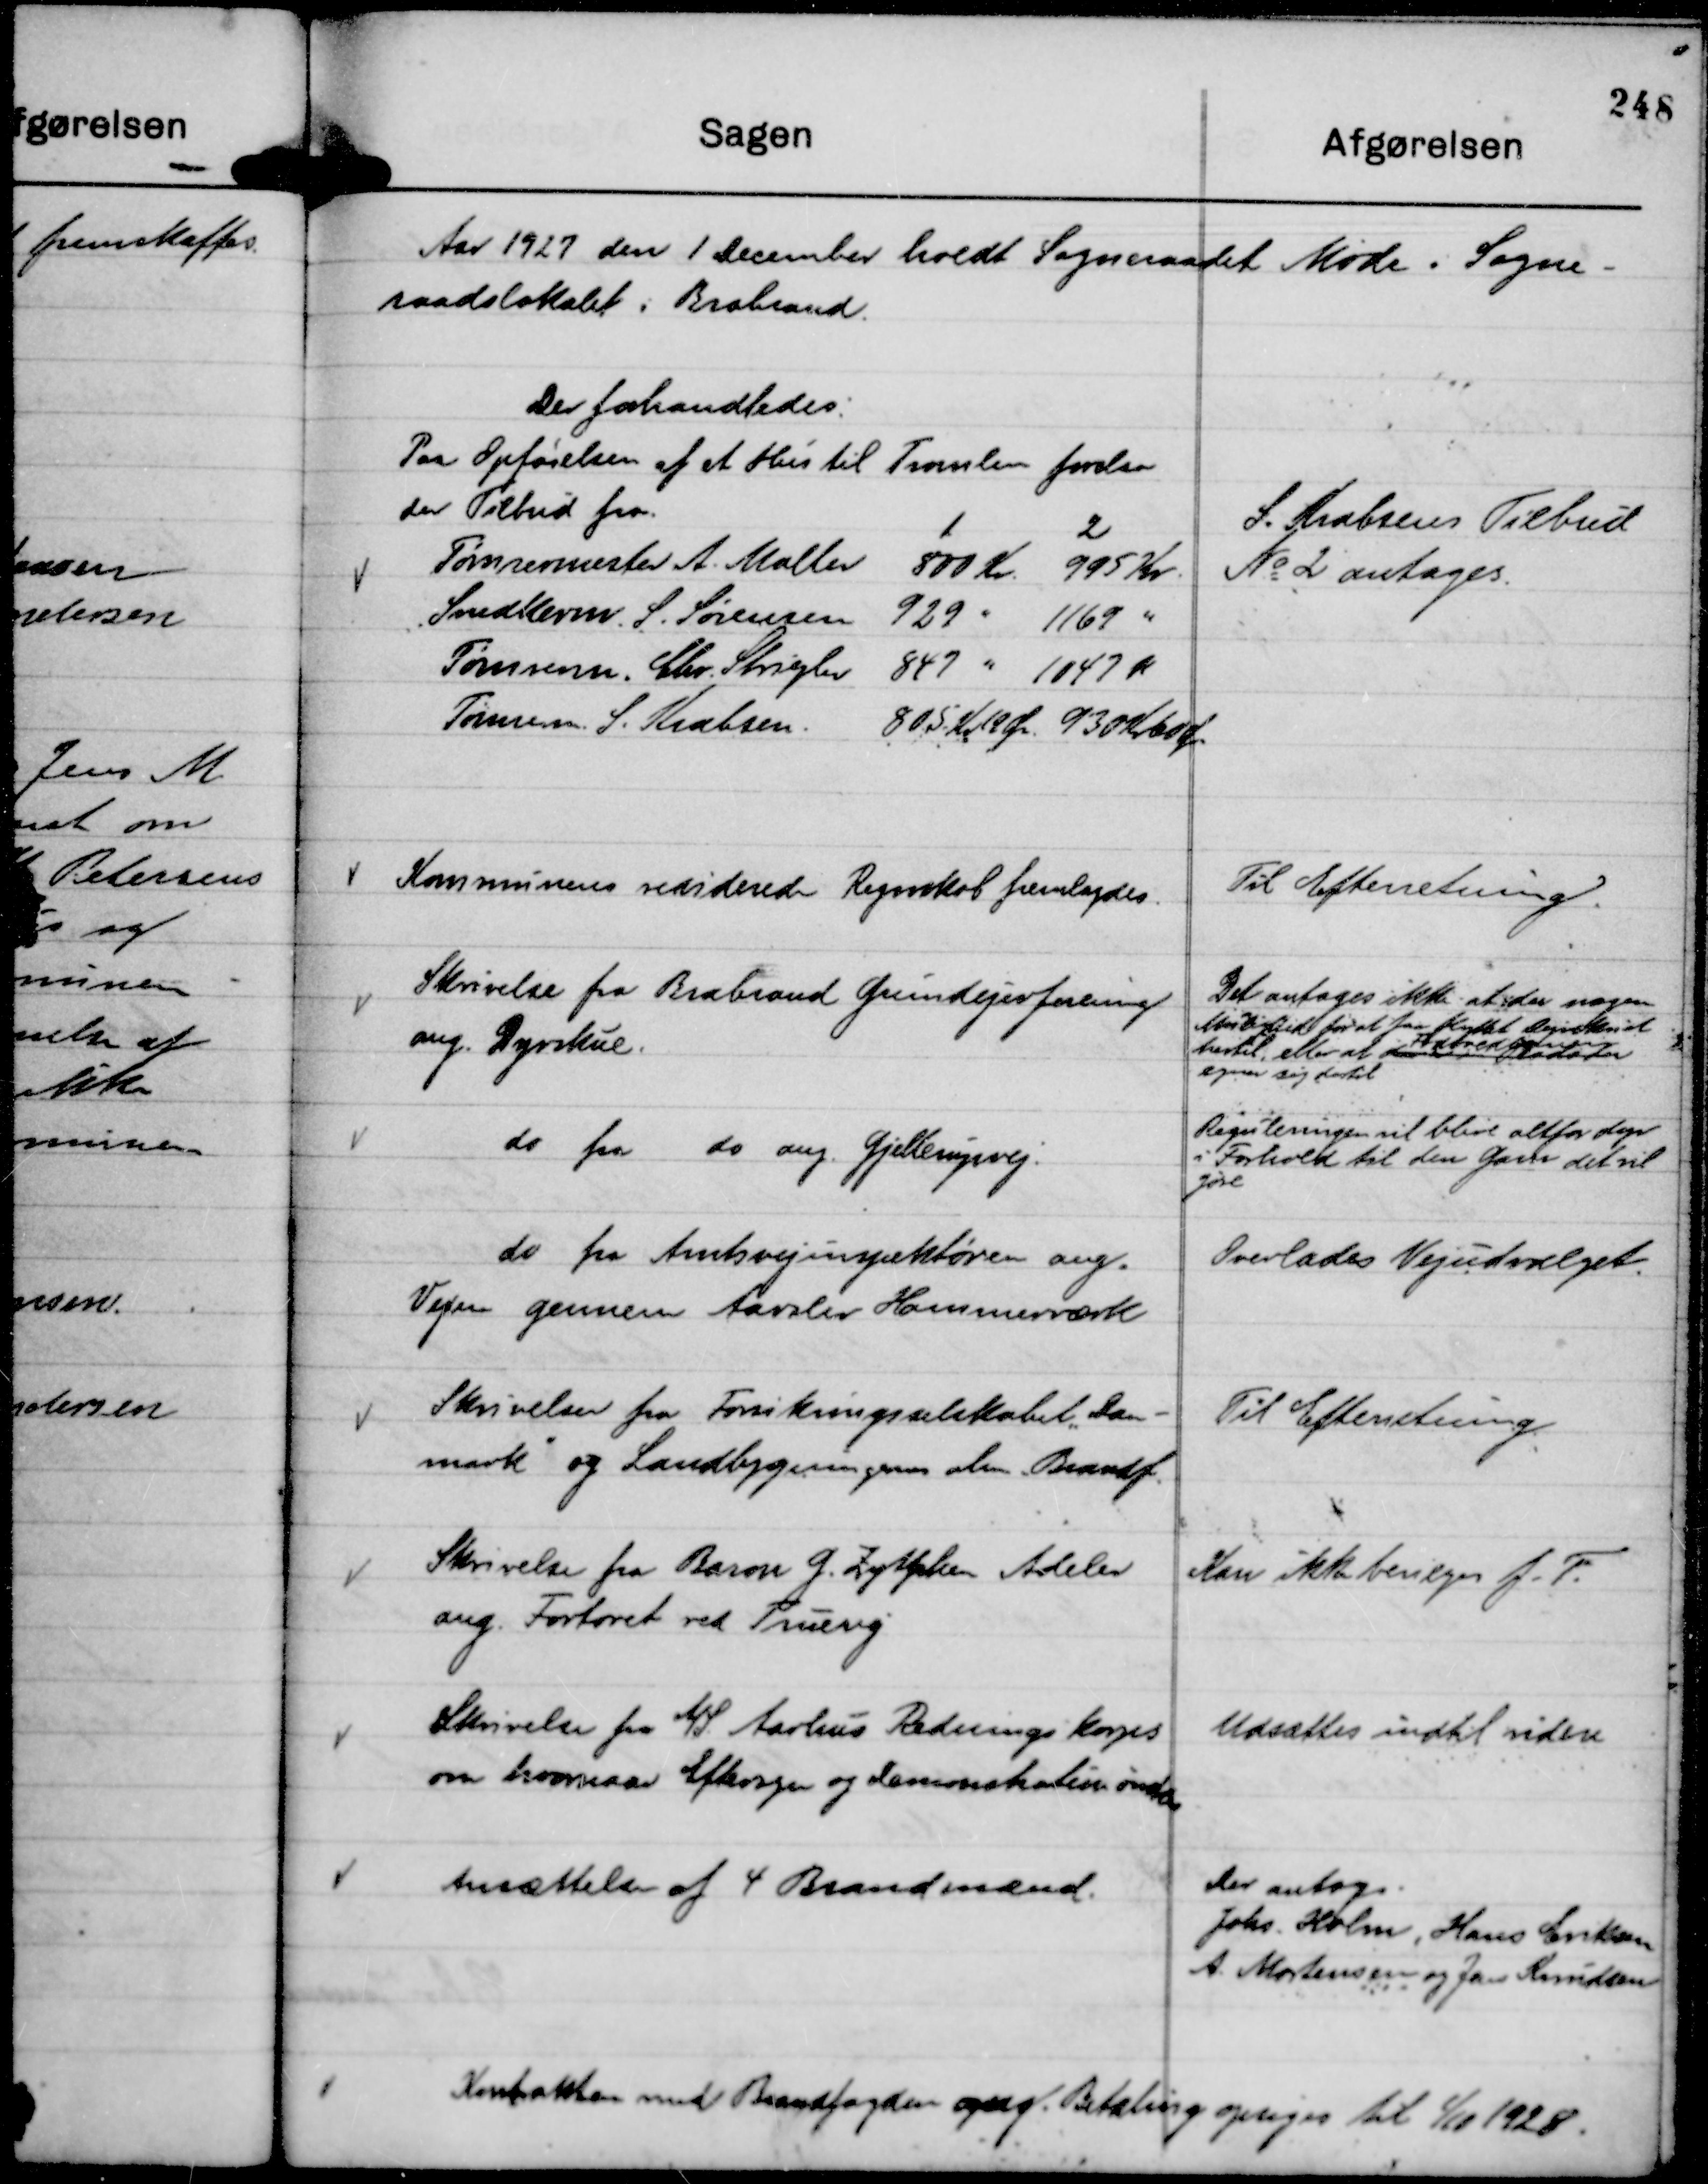
Transskription:
Aar 1927 den 1 December holdt Sogneraadet Møde i Sogne-
raadslokalet i Brabrand.

Der forhandledes:
Paa Opførelsen af et Hus til Tromlen forelaa
der Tilbud fra.
1
2
Tømrermester A. Møller 800 Kr. 995 Kr.
Snedkerm. S. Sørensen 929 " 1169 "
Tømrerm. Chr. Striegler 847 " 1047 k
Tømrerm. S. Krabsen 805 Kr. 19 Ør. 930 Kr 60 Ør.

S. Krabsens Tilbud
No 2 antages.

Kommunens reviderede Regnskab fremlagdes

Til Efterretning.

Skrivelse fra Brabrand Grundejerforening
ang. Dyrskue.

Det antages ikke at der nogen
Mulighed for at faa flyttet Dyrskuet
hertil, eller at 
Fodboldbanerne
egner sig dertil

do fra do ang. Gjellerupvej.

Reguleringen vil blive altfor dyr
i Forhold til den Gavn det vil
gøre

do fra Amtsvejinspektøren ang.
Vejen gennem Aarslev Hammerværk

Overlades Vejudvalget.

Skrivelser fra Forsikringsselskabet "Dan-
mark"

og Landbygningernes alm. Brandf.

Til Efterretning.

Skrivelse fra Baron G. Zytphen Adeler
ang. Fortovet ved Truevej

Kan ikke bevilges f. T.

Skrivelse fra A/S Aarhus Redningskorps
om hvornaar Eftersyn og Demonstration ønskes

Udsættes indtil videre

Ansættelse af 4 Brandmænd.

Der antogs.
Johs. Holm, Hans Eriksen
A. Mortensen og Jens Knudsen

Kontrakten med Brandfogden opsig. Betaling opsiges til

1/10 1928.